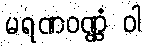
မရဏဝဏ္ဏံ ဝါ